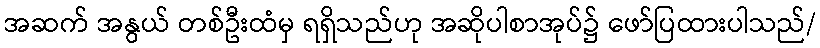
အဆက် အနွယ် တစ်ဦးထံမှ ရရှိသည်ဟု အဆိုပါစာအုပ်၌ ဖော်ပြထားပါသည်/